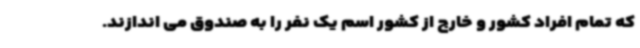
که تمام افراد کشور و خارج از کشور اسم یک نفر را به صندوق می اندازند.